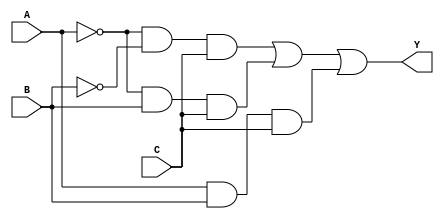
module combinational_logic (
    input wire A,
    input wire B,
    input wire C,
    output wire Y
);

// Internal signals for simplified logic
wire term1, term2, term3, term4;

// Define the logic based on the truth table
assign term1 = (~A & ~B & C);  // A=0, B=0, C=1 -> Output=1
assign term2 = (~A & B & C);   // A=0, B=1, C=1 -> Output=1
assign term3 = (A & ~B & ~C);  // A=1, B=0, C=0 -> Output=0 (not used)
assign term4 = (A & B & C);    // A=1, B=1, C=1 -> Output=1

// Combine terms considering Don't Care conditions
assign Y = term1 | term2 | term4; // Simplified logic expression

endmodule